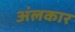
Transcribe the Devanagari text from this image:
अंलकार